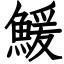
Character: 鰀